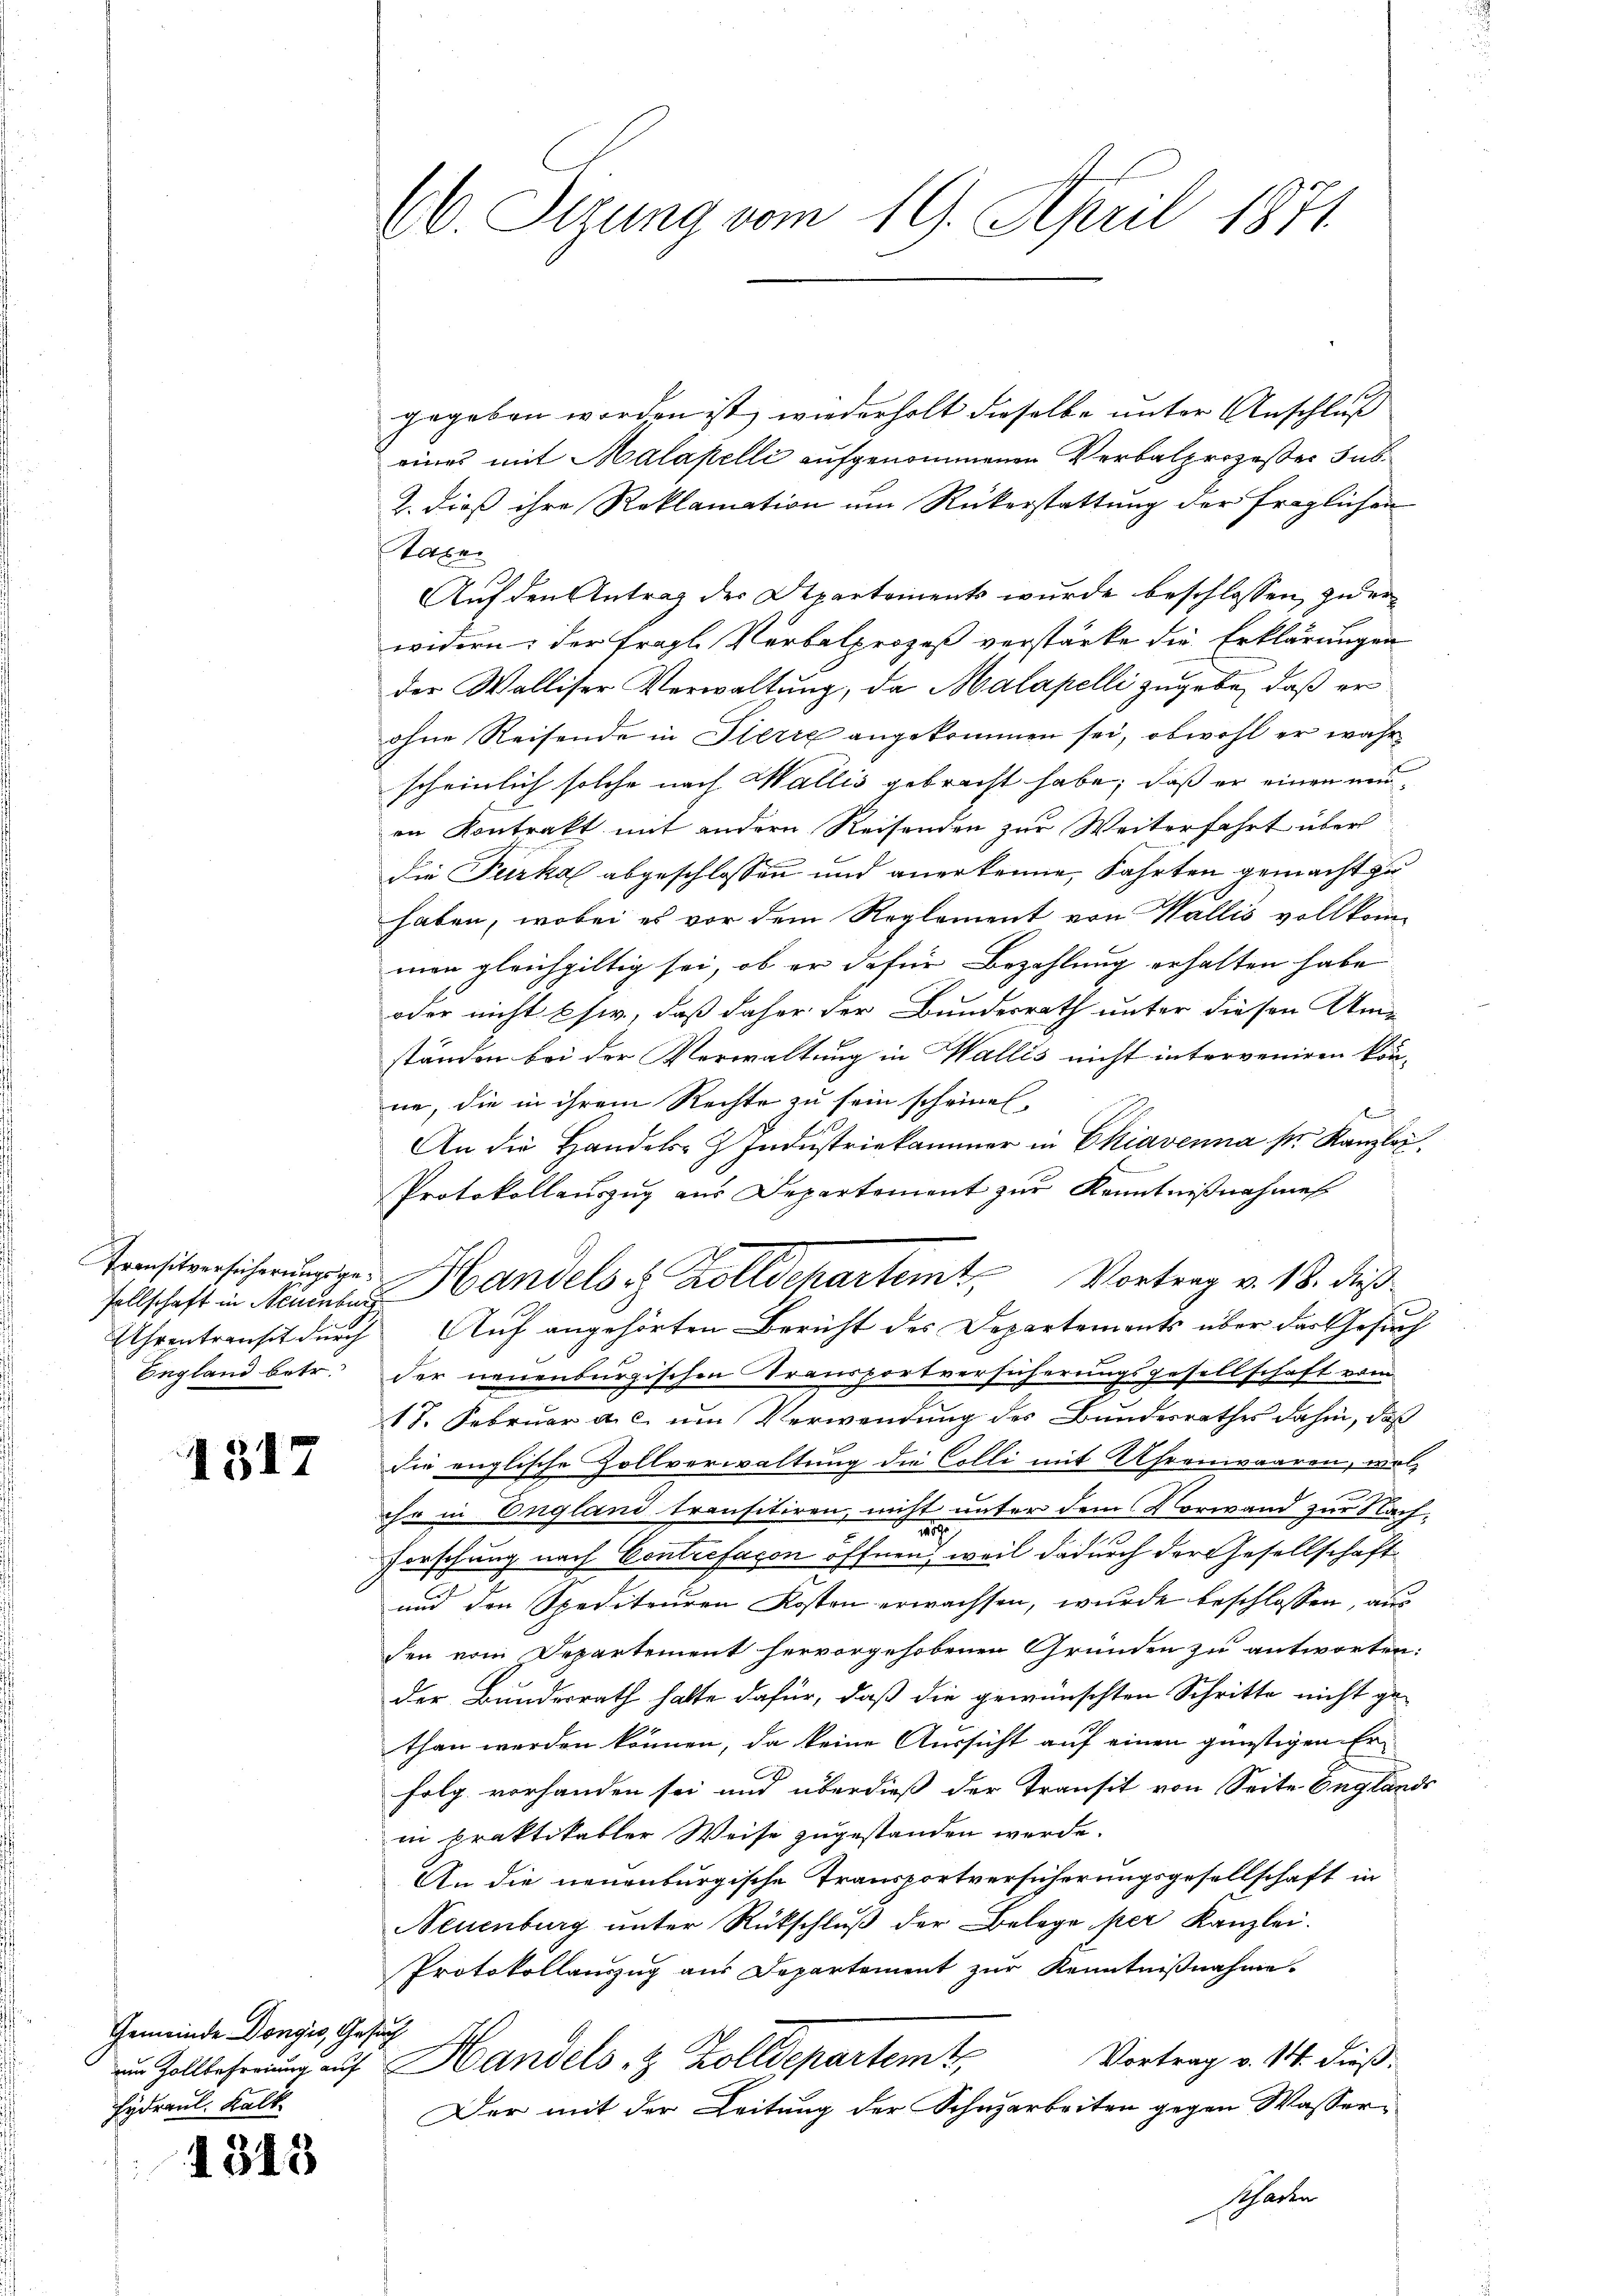
Pronsitversicherungsgesellschaft in Neuenburg
England betr.

1317

Gemeinde Dongis, Gesuch
um Zollbefreiung auf
Hydraul. Kalk.

1313

66. Sizung vom 19. April 1871

gegeben worden ist, wiederholt dieselbe unter Anschluß
eines mit Malapelli aufgenommenen Verbalprozesser Sub¬
2. dieß ihre Reklamation um Rükerstattung der fraglichen
taxe
Auf den Antrag der Departements wurde beschlossen, zu erwidern: der Tragl. Verbalprozeß verstärke die Erklärungen
der Walliser Verwaltung, da Malapelli zugebe, daß er
ohne Reisende in Pierre angekommen sei, obwohl er wahr
scheinlich solche nach Wallis gebracht habe; daß er einen neuen Kontrakt mit andern Reisenden zur Weiterfahrt über
die Furka abgeschlossen und anerkenne, Fahrten gemacht zu
haben, wobei es vor dem Reglement von Wallis vollkommen gleichgiltig sei, ob er dafür Bezahlung erhalten habe,
oder nicht sie, daß daher der Bundesrath unter diesen Umständen bei der Verwaltung in Wallis nicht interveniren kön-
ne, die in ihrem Rechte zu sein scheinen,
An die Handels- & Industriekammer in Ekiavenna ser Kanzlei
Protokollauszug aus Departement zur Kenntnißnahmen
Uhrentransit durch Auf angehörten Bericht des Departements über das Gesuch
der neuenburgischen Transportversicherungsgesellschaft vom
17. Februar a. c. um Verwendung des Bundesrathes dahin, daß
die englische Zollverwaltung die Colli mit Uhrenwaaren, welihr in England transitiren, nicht unter dem Vorwand zur Nacha
1
Forschung nach Contrefaçon öffnen, weil dadurch der Gesellschaft
und den Spediteuren Kosten erwachsen, wurde beschlossen, aus
den vom Departement hervorgehobenen Gründen zu antworten:
der Bundesrath hatte dafür, daß die gewünschten Schritte nicht ge-
than werden können, da keine Aussicht auf einen günstigen Erfolg vorhanden sei und überdieß der Transit von Seite Engländs
in praktikabler Weise zugestanden werde.
An die neuenburgische Transportversicherungsgesellschaft in
Neuenburg unter Rückschluß der Belege per Kanzlei.
Protokollauszug aus Departement zur Kenntnißnahme.
Vortrag v. 14. dieß,
Handels 8 Zolldepartemt.
Der mit der Leitung der Schnarbeiten gegen Wasserschaden

Handels & Zolldepartemt, Vortrag v. 18. dieß